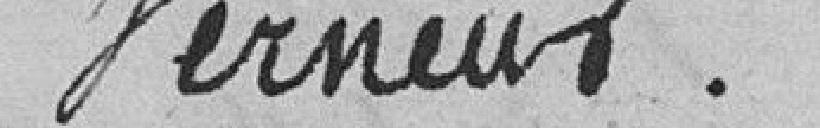
Verneux